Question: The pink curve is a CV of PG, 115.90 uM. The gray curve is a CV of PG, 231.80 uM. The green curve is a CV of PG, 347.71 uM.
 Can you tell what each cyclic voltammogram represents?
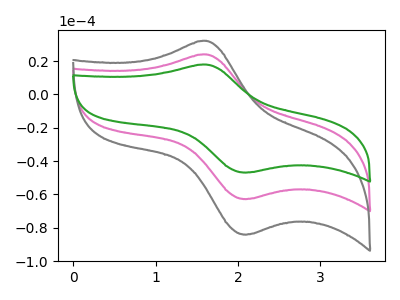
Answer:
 <answer>The pink curve is labeled "PG, 115.90 uM". The gray curve is labeled "PG, 231.80 uM". The green curve is labeled "PG, 347.71 uM".</answer>
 <eval></eval>